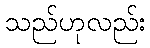
သည်ဟုလည်း